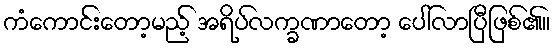
ကံကောင်းတော့မည့် အရိပ်လက္ခဏာတော့ ပေါ်လာပြီဖြစ်၏။